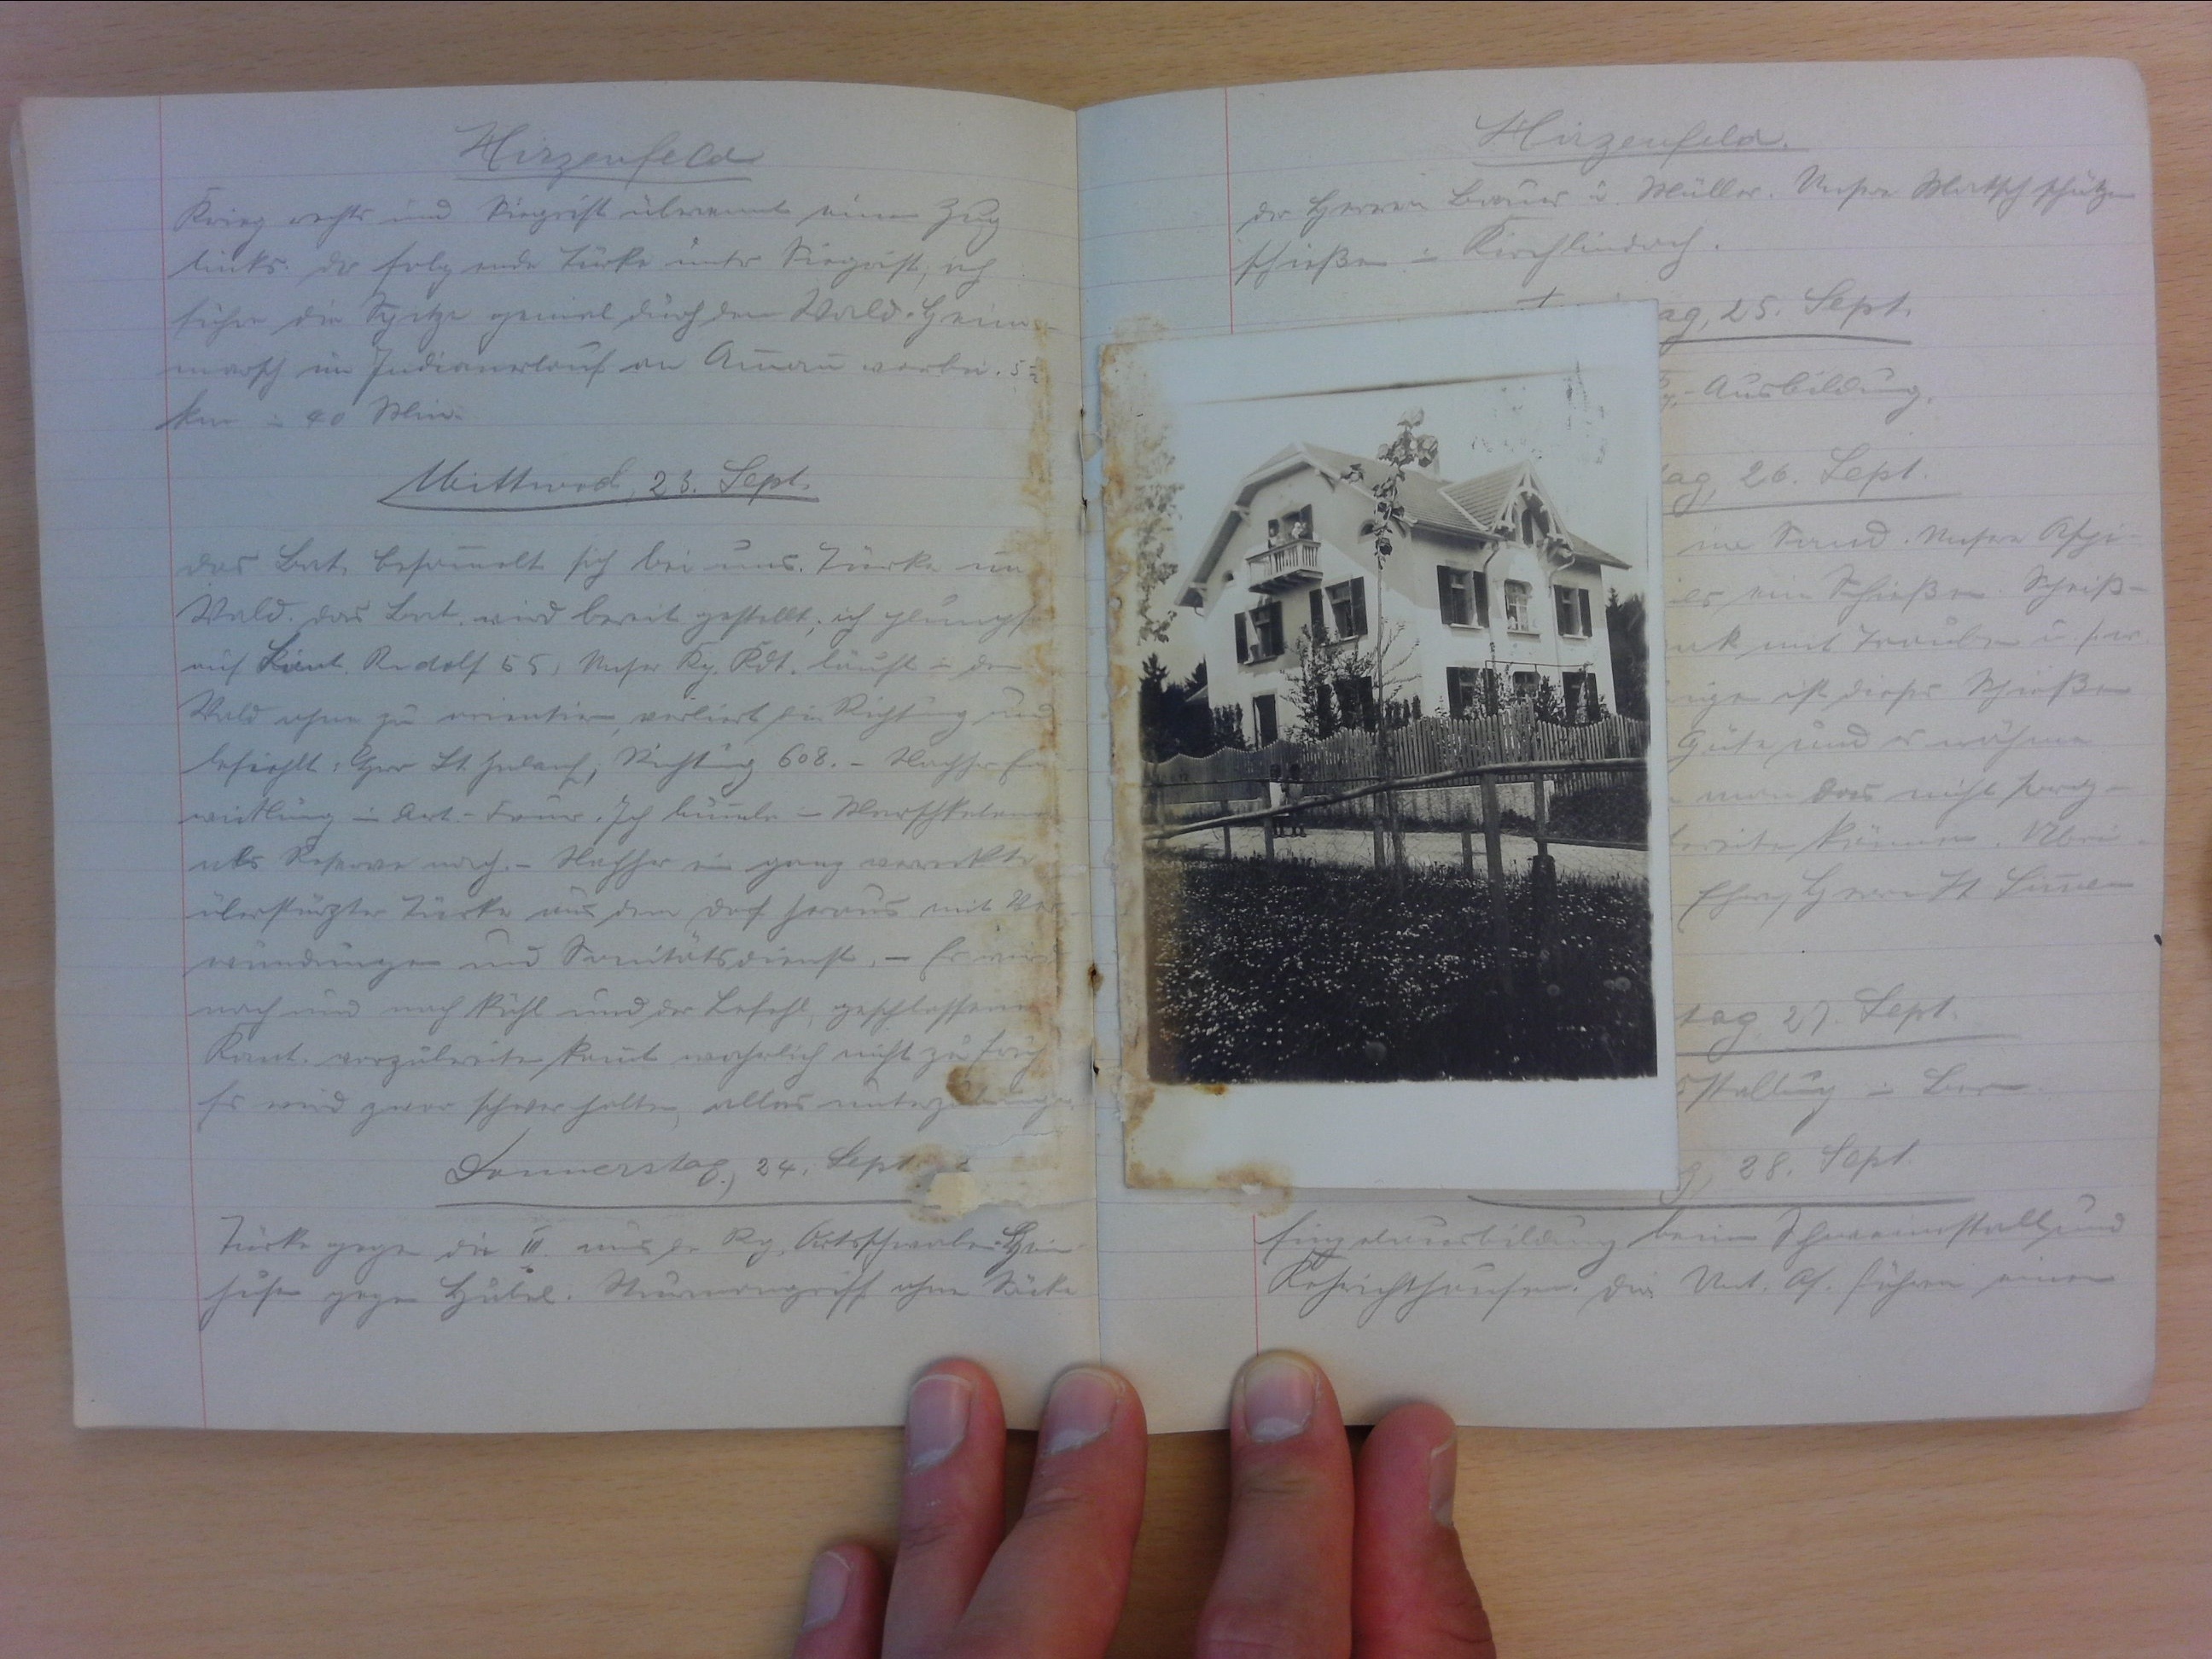
Hirzenfeld
Krieg rechts und Siegrist überrannte einen Zug
links. Der folgende Türk unter Siegrist; ich
führe die Spitze genial durch den Wald. Heim-
marsch im Indianerlauf an Ammann vorbei. 51/2
kam in 40 Min.
Mittwoch, 23. Sept.
Das Bat. besammelt sich bei uns. Türk im
Wald. Das Bat. wird bereit gestellt; ich plumpse
mit Lieut. Rudolf 55, unser Kp. Kdt läuft in den
Wald ohne zu orientieren, verliert die Richtung und
befiehlt: "Herr Lt. Zulauf, Richtung 608. - Nachher Ent-
wicklung in Art.-Feuer. Ich bummle - Marschkolonne
als Reserve nach - Nachher ein ganz verreckter
überstürzter Türke aus dem Dorf heraus mit Ver-
wundungen und Sanitätsdienst. - Es wird
nach und nach kühl und der Befehl, geschlossene
Kant. vorzubereiten, kommt wahrlich nicht zu früh.
Es wird zwar halten, alles unterzubringen.
Donnerstag, 24. Sept.
Türke gegen die III. aus der Rg. Ortsschwaben-Heim-
fuhr gegen Hubel. Sturmangriff ohne Säcke